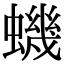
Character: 蟣